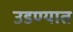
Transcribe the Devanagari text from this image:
उडण्यात